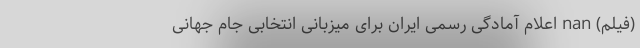
(فیلم) nan اعلام آمادگی رسمی ایران برای میزبانی انتخابی جام جهانی